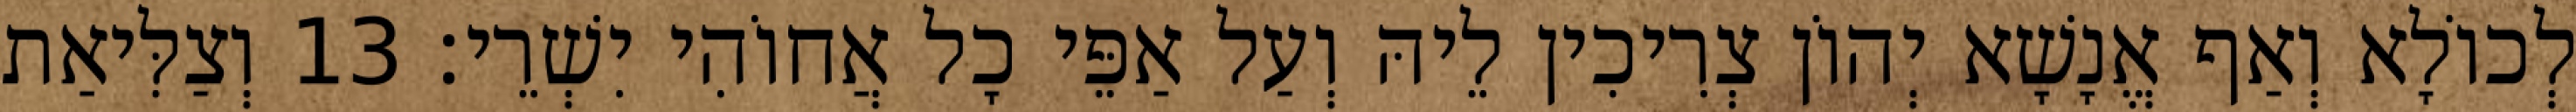
לְכוֹלָא וְאַף אֱנָשָׁא יְהוֹן צְרִיכִין לֵיהּ וְעַל אַפֵּי כָל אֲחוֹהִי יִשְׁרֵי׃ 13 וְצַלִּיאַת